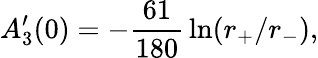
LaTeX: A_{3}^{\prime}(0)=-{\frac{61}{180}}\ln(r_{+}/r_{-}),